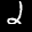
Label: 2